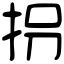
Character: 拐